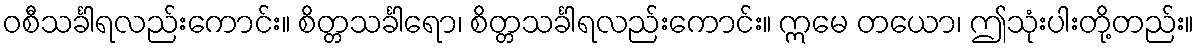
ဝစီသင်္ခါရလည်းကောင်း။ စိတ္တသင်္ခါရော၊ စိတ္တသင်္ခါရလည်းကောင်း။ ဣမေ တယော၊ ဤသုံးပါးတို့တည်း။